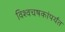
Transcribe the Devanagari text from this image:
विश्वचषकांपर्यंत